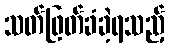
သတ်ဖြတ်ခံခဲ့ရသည့်